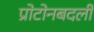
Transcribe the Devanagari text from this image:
प्रोटोनबदली